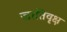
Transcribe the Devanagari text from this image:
जातिवृक्ष